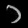
Digit: ၁